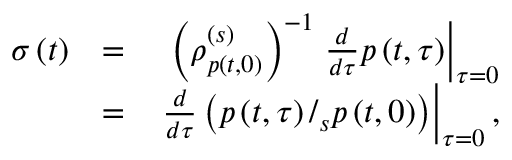
\begin{array} { r l r } { \sigma \left( t \right) } & { = } & { \left( \rho _ { p \left( t , 0 \right) } ^ { \left( s \right) } \right) ^ { - 1 } \left. \frac { d } { d \tau } p \left( t , \tau \right) \right\vert _ { \tau = 0 } } \\ & { = } & { \left. \frac { d } { d \tau } \left( p \left( t , \tau \right) / _ { s } p \left( t , 0 \right) \right) \right\vert _ { \tau = 0 } , } \end{array}